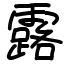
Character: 露